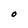
Character: O